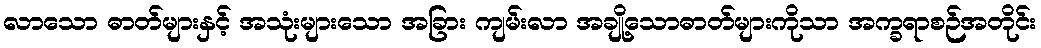
လာသော ဓာတ်များနှင့် အသုံးများသော အခြား ကျမ်းလာ အချို့သောဓာတ်များကိုသာ အက္ခရာစဉ်အတိုင်း